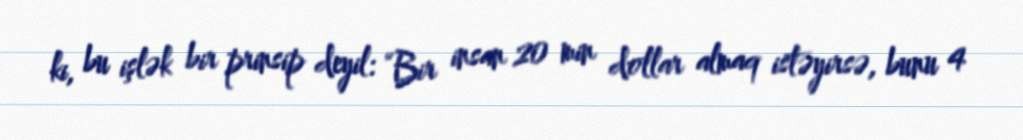
ki, bu işlək bir prinsip deyil: “Bir insan 20 min dollar almaq istəyirsə, bunu 4